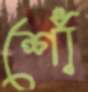
শোঁ